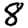
Digit: 8